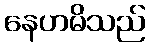
နေဟမိသည်